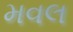
મવલ